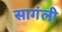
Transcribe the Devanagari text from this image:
सागंली